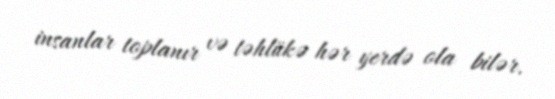
insanlar toplanır və təhlükə hər yerdə ola bilər.